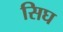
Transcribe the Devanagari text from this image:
सिघ